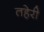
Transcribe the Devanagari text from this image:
तहेरी